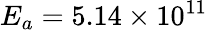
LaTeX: E_{a}=5.14\times 10^{11}